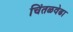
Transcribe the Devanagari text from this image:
चिंतळवेढा